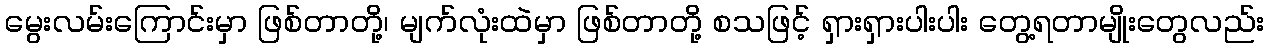
မွေးလမ်းကြောင်းမှာ ဖြစ်တာတို့၊ မျက်လုံးထဲမှာ ဖြစ်တာတို့ စသဖြင့် ရှားရှားပါးပါး တွေ့ရတာမျိုးတွေလည်း